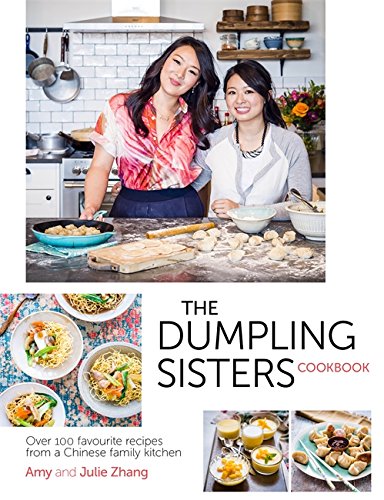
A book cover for The Dumpling Sisters Cookbook: Over 100 Favourite Recipes from a Chinese Family Kitchen; The Dumpling Sisters; Cookbooks, Food & Wine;